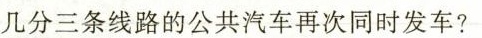
几分三条线路的公共汽车再次同时发车?